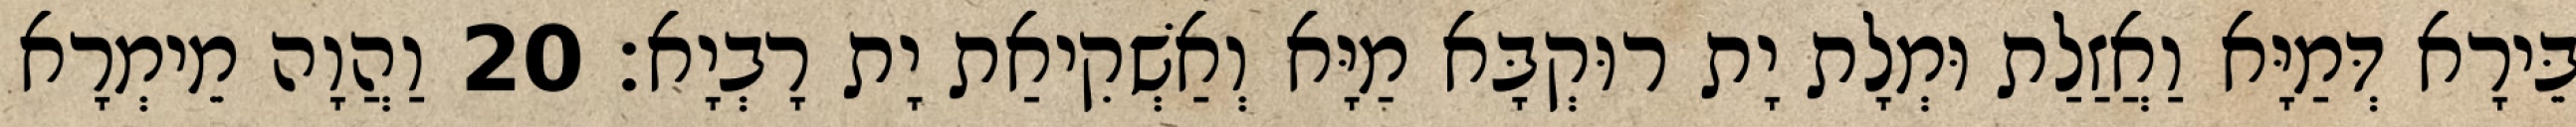
בֵּירָא דְּמַיָּא וַאֲזַלַת וּמְלָת יָת רוּקְבָּא מַיָּא וְאַשְׁקִיאַת יָת רָבְיָא׃ 20 וַהֲוָה מֵימְרָא